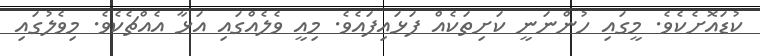
ކުޑައޮށެކެވެ. މީގައި ހުންނަނީ ކަށިތަކެއް ފަޅައިފައެވެ. މިއީ ވެލެއްގައި އަޅާ އެއްޗެކެވެ. މިވެލުގައި